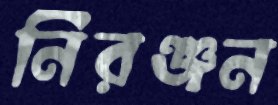
নিরঞ্জন